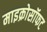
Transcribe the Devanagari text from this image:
माइक्रोसॉफट